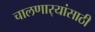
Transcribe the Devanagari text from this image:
चालणार्‍यांसाठी